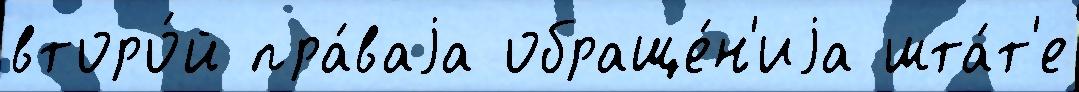
второ́й пра́ваjа обраще́н'иjа шта́т'е